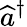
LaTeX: \widehat{a}^{\dagger}